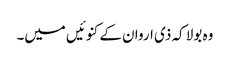
وہ بولا کہ ذی اروان کے کنوئیں میں۔